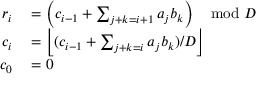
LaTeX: \begin{array} { r l } { r _ { i } } & { { } = \left( c _ { i - 1 } + \sum _ { j + k = i + 1 } a _ { j } b _ { k } \right) \mod D } \\ { c _ { i } } & { { } = \left\lfloor ( c _ { i - 1 } + \sum _ { j + k = i } a _ { j } b _ { k } ) / D \right\rfloor } \\ { c _ { 0 } } & { { } = 0 } \end{array}